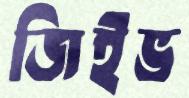
জিইভ